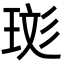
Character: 珳